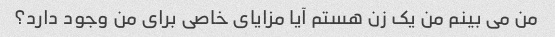
من می بینم من یک زن هستم آیا مزایای خاصی برای من وجود دارد؟